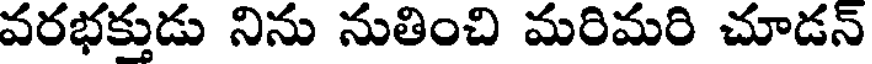
వరభక్తుడు నిను నుతించి మరిమరి చూడన్